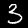
Digit: 3